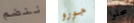
ننضم جورو سجلوا